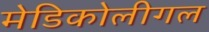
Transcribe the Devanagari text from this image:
मेडिकोलीगल